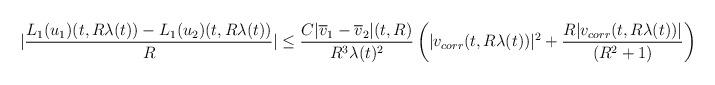
LaTeX: \begin{align*}|\frac{L_{1}(u_{1})(t,R\lambda(t))-L_{1}(u_{2})(t,R\lambda(t))}{R}|&\leq \frac{C |\overline{v}_{1}-\overline{v}_{2}|(t,R)}{R^{3}\lambda(t)^{2}}\left(|v_{corr}(t,R\lambda(t))|^{2}+\frac{R |v_{corr}(t,R\lambda(t))|}{(R^{2}+1)}\right)\end{align*}